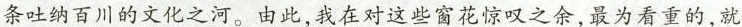
条吐纳百川的文化之河。由此，我在对这些窗花惊叹之余，最为看重的，就